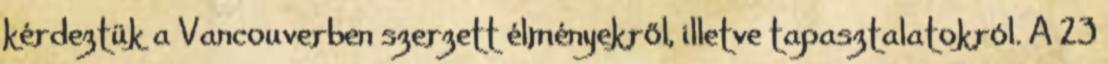
kérdeztük a Vancouverben szerzett élményekről, illetve tapasztalatokról. A 23